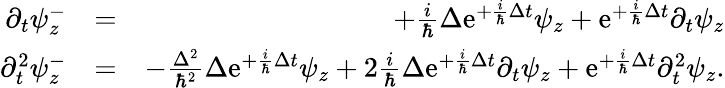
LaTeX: \begin{array}{rlr}{\partial_{t}\psi_{z}^{-}}&{=}&{+\frac{i}{\hbar}\Delta\mathrm{e}^{+\frac{i}{\hbar}\Delta t}\psi_{z}+\mathrm{e}^{+\frac{i}{\hbar}\Delta t}\partial_{t}\psi_{z}}\\ {\partial_{t}^{2}\psi_{z}^{-}}&{=}&{-\frac{\Delta^{2}}{\hbar^{2}}\Delta\mathrm{e}^{+\frac{i}{\hbar}\Delta t}\psi_{z}+2\frac{i}{\hbar}\Delta\mathrm{e}^{+\frac{i}{\hbar}\Delta t}\partial_{t}\psi_{z}+\mathrm{e}^{+\frac{i}{\hbar}\Delta t}\partial_{t}^{2}\psi_{z}.}\end{array}